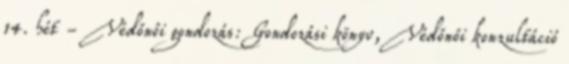
14. hét - Védőnői gondozás: Gondozási könyv, Védőnői konzultáció